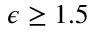
\epsilon \geq 1 . 5